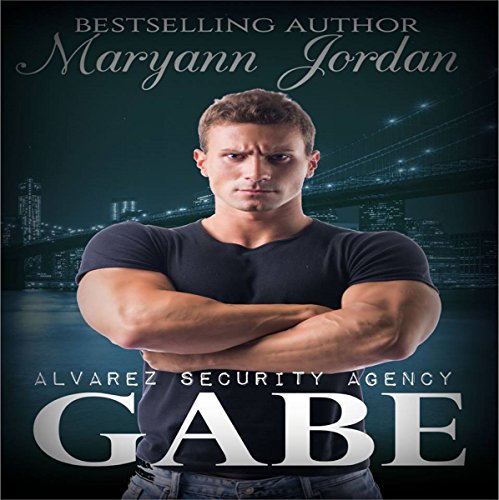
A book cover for Gabe: The Alvarez Security Series; Maryann Jordan; Romance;